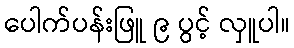
ပေါက်ပန်းဖြူ ၉ ပွင့် လှူပါ။